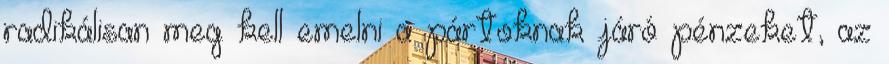
radikálisan meg kell emelni a pártoknak járó pénzeket, az